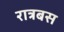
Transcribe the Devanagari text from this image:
रात्रबस